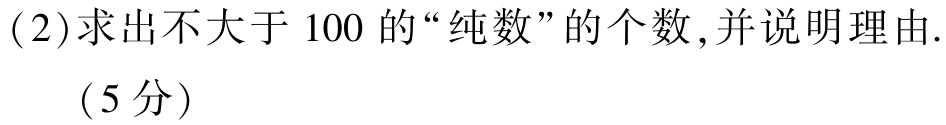
(2)求出不大于 \(100\) 的“纯数”的个数,并说明理由.
（5分）